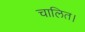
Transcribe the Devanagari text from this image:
चालित।